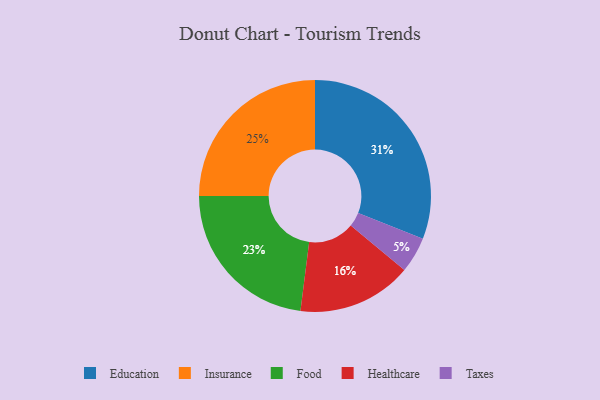
{"axis": {"x": "Category", "y": "Percentage"}, "legend": ["Education", "Food", "Healthcare", "Insurance", "Taxes"], "data": [{"x": "Taxes", "y": 5, "type": "Taxes"}, {"x": "Food", "y": 23, "type": "Food"}, {"x": "Education", "y": 31, "type": "Education"}, {"x": "Insurance", "y": 25, "type": "Insurance"}, {"x": "Healthcare", "y": 16, "type": "Healthcare"}]}